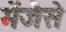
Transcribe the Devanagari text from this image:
मेंजैसे